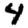
Digit: 4